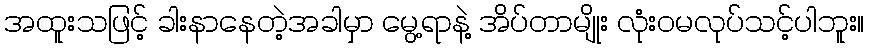
အထူးသဖြင့် ခါးနာနေတဲ့အခါမှာ မွေ့ရာနဲ့ အိပ်တာမျိုး လုံးဝမလုပ်သင့်ပါဘူး။